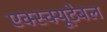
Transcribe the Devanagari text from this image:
एक्स्क्यूटेबल